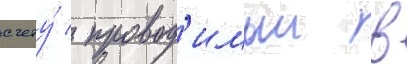
счету́ / провод'имыи в